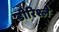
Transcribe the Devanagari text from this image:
डीरिश्ले